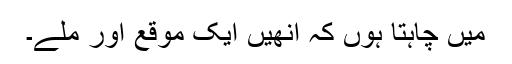
میں چاہتا ہوں کہ اُنھیں ایک موقع اور ملے۔